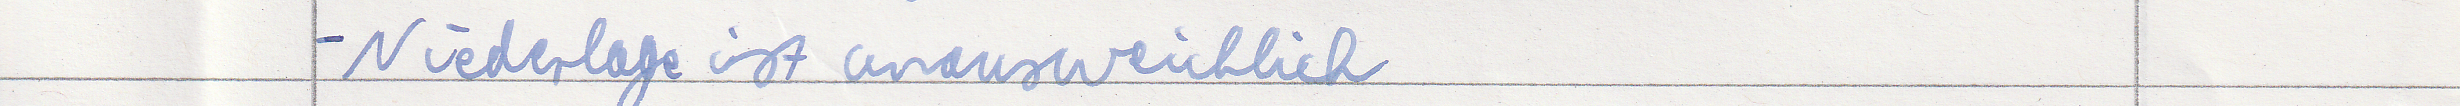
- Niederlage ist unausweichlich